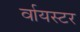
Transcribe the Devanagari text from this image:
र्वायस्टर